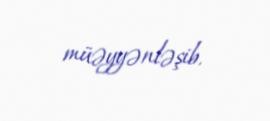
müəyyənləşib.